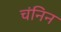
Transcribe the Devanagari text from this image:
चंनिन